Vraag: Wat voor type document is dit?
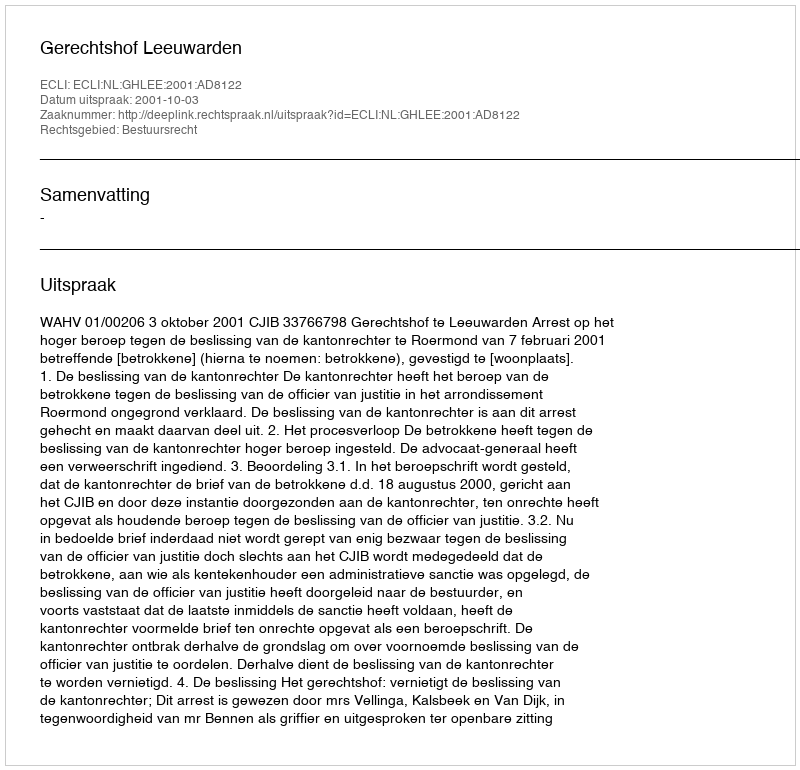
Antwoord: Uitspraak